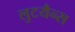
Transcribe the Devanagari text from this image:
लुटयैन्स